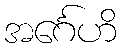
အင်္ဂေဟိ